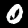
Label: 0